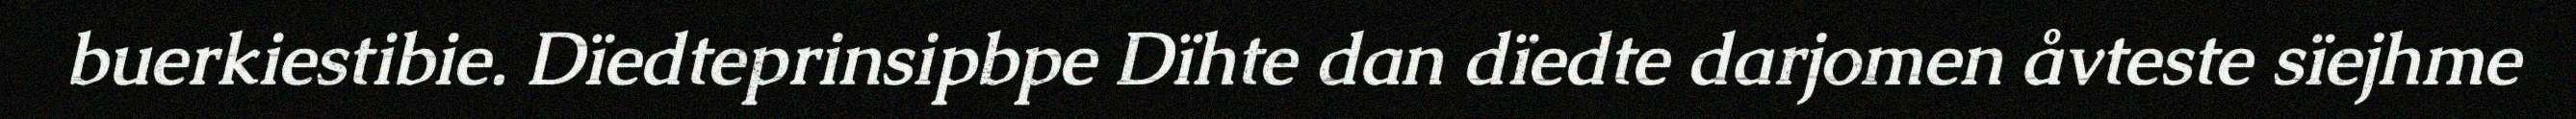
buerkiestibie. Dïedteprinsipbpe Dïhte dan dïedte darjomen åvteste sïejhme